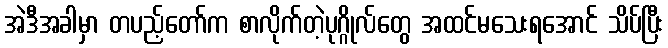
အဲဒီအခါမှာ တပည့်တော်က စာလိုက်တဲ့ပုဂ္ဂိုလ်တွေ အထင်မသေးရအောင် သိပ်ပြီး